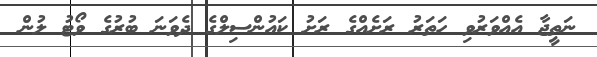
ނަތީޖާ އެއްވަރުވި ހަތަރު ރަށެއްގެ ރަށު ކައުންސިލްގެ ދެވަނަ ބުރުގެ ވޯޓު ލުން